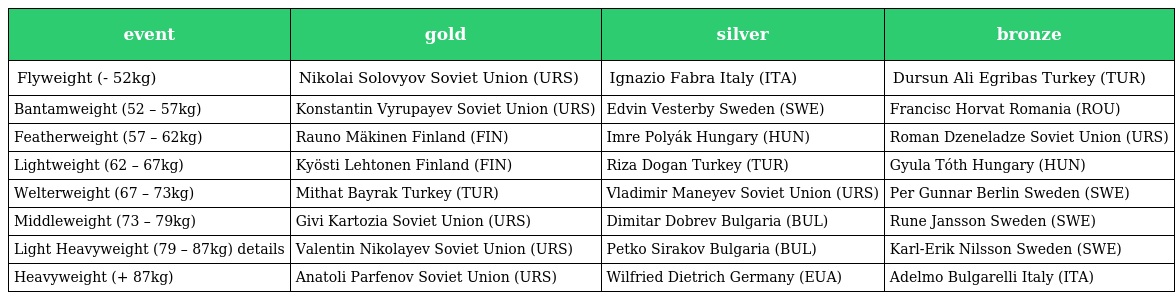
| event | gold | silver | bronze |
 | --- | --- | --- | --- |
 | Flyweight (- 52kg) | Nikolai Solovyov Soviet Union (URS) | Ignazio Fabra Italy (ITA) | Dursun Ali Egribas Turkey (TUR) |
 | Bantamweight (52 – 57kg) | Konstantin Vyrupayev Soviet Union (URS) | Edvin Vesterby Sweden (SWE) | Francisc Horvat Romania (ROU) |
 | Featherweight (57 – 62kg) | Rauno Mäkinen Finland (FIN) | Imre Polyák Hungary (HUN) | Roman Dzeneladze Soviet Union (URS) |
 | Lightweight (62 – 67kg) | Kyösti Lehtonen Finland (FIN) | Riza Dogan Turkey (TUR) | Gyula Tóth Hungary (HUN) |
 | Welterweight (67 – 73kg) | Mithat Bayrak Turkey (TUR) | Vladimir Maneyev Soviet Union (URS) | Per Gunnar Berlin Sweden (SWE) |
 | Middleweight (73 – 79kg) | Givi Kartozia Soviet Union (URS) | Dimitar Dobrev Bulgaria (BUL) | Rune Jansson Sweden (SWE) |
 | Light Heavyweight (79 – 87kg) details | Valentin Nikolayev Soviet Union (URS) | Petko Sirakov Bulgaria (BUL) | Karl-Erik Nilsson Sweden (SWE) |
 | Heavyweight (+ 87kg) | Anatoli Parfenov Soviet Union (URS) | Wilfried Dietrich Germany (EUA) | Adelmo Bulgarelli Italy (ITA) |